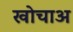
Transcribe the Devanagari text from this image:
खोचाअ